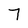
Character: 7